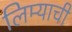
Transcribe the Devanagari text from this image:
लिम्याची